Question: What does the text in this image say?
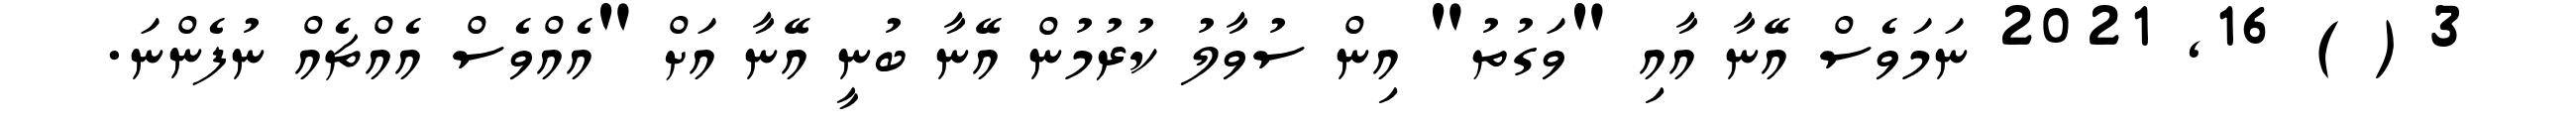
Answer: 3 ( ) 16, 2021 ނަމަވެސް އޭނާ އާއި "ވަގުތު" އިން ސުވާލު ކުރުމުން އޭނާ ބުނީ އޭނާ އަށް "އެއްވެސް އެއްޗެއް ނުފެންނަ.